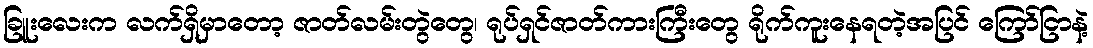
ခြူးလေးက လက်ရှိမှာတော့ ဇာတ်လမ်းတွဲတွေ၊ ရုပ်ရှင်ဇာတ်ကားကြီးတွေ ရိုက်ကူးနေရတဲ့အပြင် ကြော်ငြာနဲ့